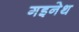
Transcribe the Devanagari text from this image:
गइनेथ